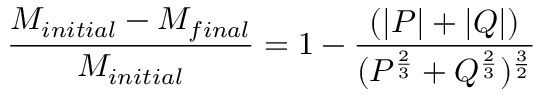
{ \frac { M _ { i n i t i a l } - M _ { f i n a l } } { M _ { i n i t i a l } } } = 1 - { \frac { ( | P | + | Q | ) } { ( P ^ { \frac { 2 } { 3 } } + Q ^ { \frac { 2 } { 3 } } ) ^ { \frac { 3 } { 2 } } } }